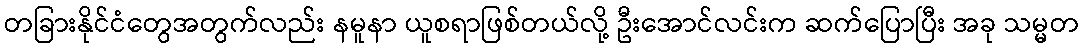
တခြားနိုင်ငံတွေအတွက်လည်း နမူနာ ယူစရာဖြစ်တယ်လို့ ဦးအောင်လင်းက ဆက်ပြောပြီး အခု သမ္မတ